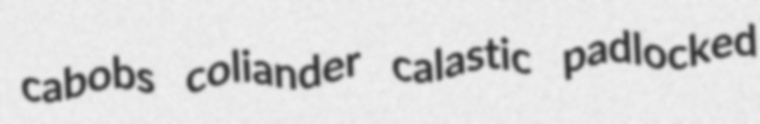
cabobs coliander calastic padlocked